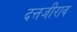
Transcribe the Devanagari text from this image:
दत्तजीराव